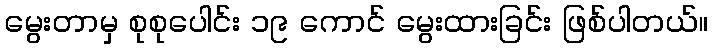
မွေးတာမှ စုစုပေါင်း ၁၉ ကောင် မွေးထားခြင်း ဖြစ်ပါတယ်။